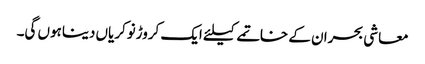
معاشی بحران کے خاتمے کیلئے ایک کروڑنوکریاں دیناہوں گی۔